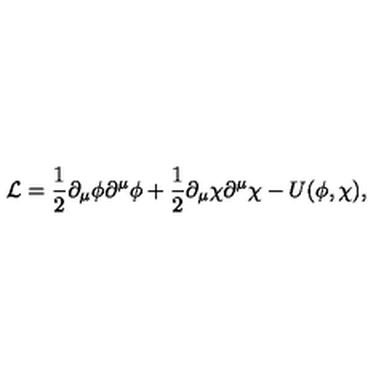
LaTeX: { \cal L } = \frac { 1 } { 2 } \partial _ { \mu } \phi \partial ^ { \mu } \phi + \frac { 1 } { 2 } \partial _ { \mu } \chi \partial ^ { \mu } \chi - U ( \phi , \chi ) ,